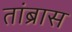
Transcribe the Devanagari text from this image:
तांब्रास